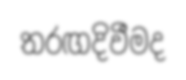
තරඟදිවීමද